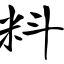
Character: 料